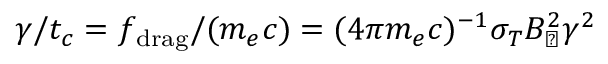
\gamma / t _ { c } = f _ { \mathrm { d r a g } } / ( m _ { e } c ) = ( 4 \pi m _ { e } c ) ^ { - 1 } \sigma _ { T } B _ { \mathrm { \perp } } ^ { 2 } \gamma ^ { 2 }